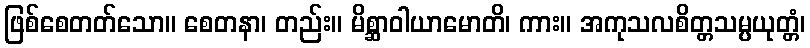
ဖြစ်စေတတ်သော။ စေတနာ၊ တည်း။ မိစ္ဆာဝါယာမောတိ၊ ကား။ အကုသလစိတ္တသမ္ပယုတ္တံ၊